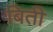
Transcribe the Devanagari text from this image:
बिती